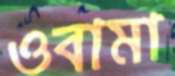
ওবামা